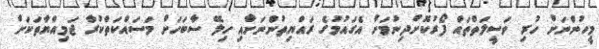
މީހުންނަށް ހުރި ވަސީލަތްތައް ފޯރުކޮށްދިނުމަށް އެގައުމުގެ ރައްޔިތުންނަށާއި ހިލޭ ސާބަހަށް މަސައްކަތްކުރާ ޖަމިއްޔާތަކަށް